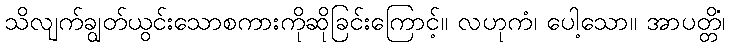
သိလျက်ချွတ်ယွင်းသောစကားကိုဆိုခြင်းကြောင့်။ လဟုကံ၊ ပေါ့သော။ အာပတ္တိံ၊